Report of the Indian Hemp Drugs Commission, 1894-1895 - Volume II
Year: 1894
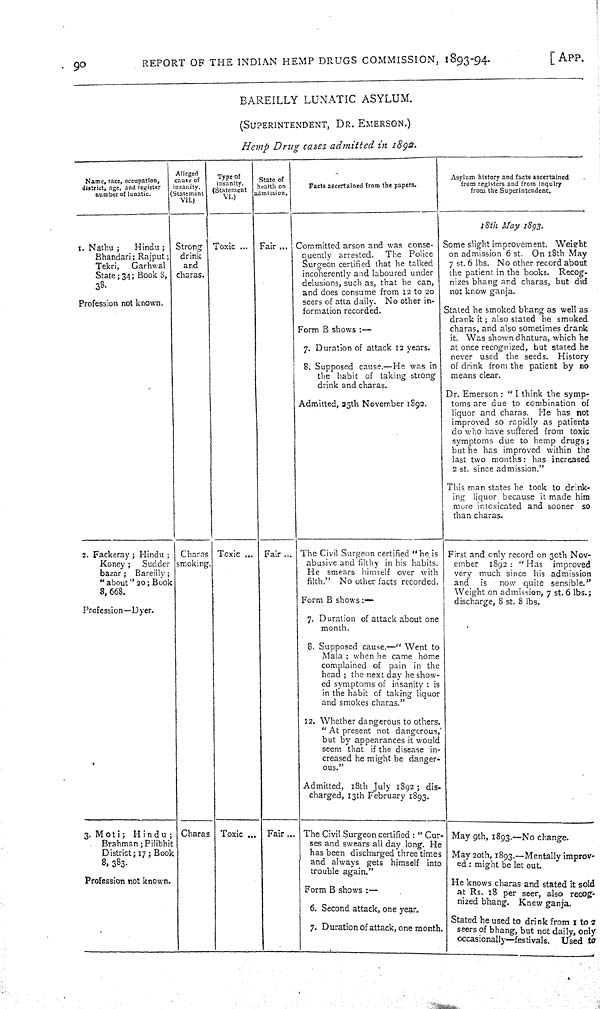
90
REPORT OF THE INDIAN HEMP DRUGS COMMISSION, 1893-94.
[APP.
BAREILLY LUNATIC ASYLUM.
(SUPERINTENDENT, DR. EMERSON.)
Hemp Drug cases admitted in 1892.
Name, race, occupation,
district, age, and register
number of lunatic.
Alleged
cause of
insanity.
(Statement
VII.)
Type of
insanity.
(Statement
State of
health on
admission.
Facts ascertained from the papers.
Asylum history and facts ascertained
from registers and from inquiry
from the Superintendent.
1. Nathu ;
Hindu ;
Bhandari; Rajput;
Tekri, Garhwal
State; 34; Book 8,
38.
Profession not known.
Strong
drink
and
charas.
Toxic ... Fair ... Committed arson and was conse-
quently arrested. The Police
Surgeon certified that he talked
incoherently and laboured under
delusions, such as, that he can,
and does consume from 12 to 20
seers of atta daily. No other in-
formation recorded.
Form B shows :—
7. Duration of attack 12 years.
8. Supposed cause.—He was in
the habit of taking strong
drink and charas.
Admitted, 25th November 1892.
18th May 1893.
Some slight improvement. Weight
on admission 6 st. On 18th May
7 st. 6 lbs. No other record about
the patient in the books. Recog-
nizes bhang and charas, but did
not know ganja.
Stated he smoked bhang as well as
drank it; also stated he smoked
charas, and also sometimes drank
it. Was shown dhatura, which he
at once recognized, but stated he
never used the seeds. History
of drink from the patient by no
means clear.
Dr. Emerson : "I think the symp-
toms are due to combination of
liquor and charas. He has not
improved so rapidly as patients
do who have suffered from toxic
symptoms due to hemp drugs;
but he has improved within the
last two months: has increased
2 st. since admission."
This man states he took to drink-
ing liquor because it made him
more intoxicated and sooner so
than charas.
2. Fackeray ; Hindu ;
Koney; Sudder
bazar; Bareilly;
"about" 20; Book
8, 668.
Profession—Dyer.
Charas
smoking.
Toxic ... Fair ... The Civil Surgeon certified "he is
abusive and filthy in his habits.
He smears himself over with
filth." No other facts recorded.
Form B shows :—
7. Duration of attack about one
month.
8. Supposed cause.—" Went to
Mala ; when he came home
complained of pain in the
head ; the next day he show-
ed symptoms of insanity : is
in the habit of taking liquor
and smokes charas."
12. Whether dangerous to others.
"At present not dangerous,'
but by appearances it would
seem that if the disease in-
creased he might be danger-
ous."
Admitted, 18th July 1892 ; dis-
charged, 13th February 1893.
First and only record on 30th Nov-
ember 1892: "Has improved
very much since his admission
and is now quite sensible."
Weight on admission, 7 st. 6 lbs.;
discharge, 8 st. 8 lbs.
3. Moti; Hindu ;
Brahman; Pilibhit
District; 17; Book
8, 383.
Profession not known.
Charas Toxic ... Fair... The Civil Surgeon certified : "Cur-
ses and swears all day long. He
has been discharged three times
and always gets himself into
trouble again."
Form B shows :—
6. Second attack, one year.
7. Duration of attack, one month.
May 9th, 1893.—No change.
May 20th, 1893.—Mentally improv-
ed : might be let out.
He knows charas and stated it sold
at Rs. 18 per seer, also recog-
nized bhang. Knew ganja.
Stated he used to drink from 1 to 2
seers of bhang, but not daily, only
occasionally—festivals. Used to